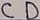
Text: CD